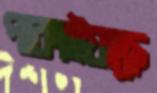
পাকাইয়াছে